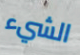
الشيء